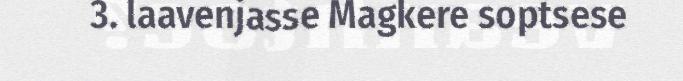
3. laavenjasse Magkere soptsese